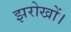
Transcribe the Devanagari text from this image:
झरोखों।